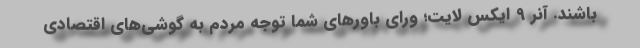
باشند. آنر 9 ایکس لایت؛ ورای باورهای شما توجه مردم به گوشی‌های اقتصادی